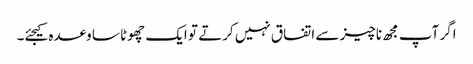
اگر آپ مجھ ناچیز سے اتفاق نہیں کرتے تو ایک چھوٹا سا وعدہ کیجئے۔